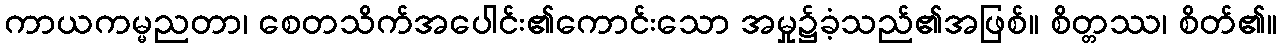
ကာယကမ္မညတာ၊ စေတသိက်အပေါင်း၏ကောင်းသော အမှု၌ခံ့သည်၏အဖြစ်။ စိတ္တဿ၊ စိတ်၏။